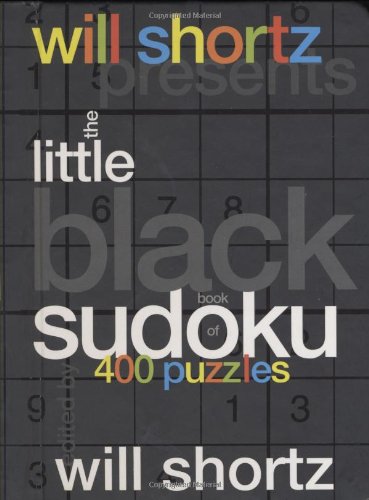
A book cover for Will Shortz Presents The Little Black Book of Sudoku: 400 Puzzles; Humor & Entertainment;